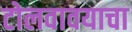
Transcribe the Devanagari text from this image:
टोलवावयाचा